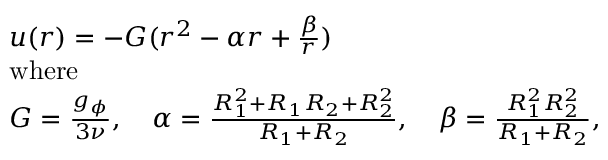
\begin{array} { r l } & { u ( r ) = - G ( r ^ { 2 } - \alpha r + \frac { \beta } { r } ) } \\ & { \mathrm { w h e r e } } \\ & { G = \frac { g _ { \phi } } { 3 \nu } , \quad \alpha = \frac { R _ { 1 } ^ { 2 } + R _ { 1 } R _ { 2 } + R _ { 2 } ^ { 2 } } { R _ { 1 } + R _ { 2 } } , \quad \beta = \frac { R _ { 1 } ^ { 2 } R _ { 2 } ^ { 2 } } { R _ { 1 } + R _ { 2 } } , } \end{array}